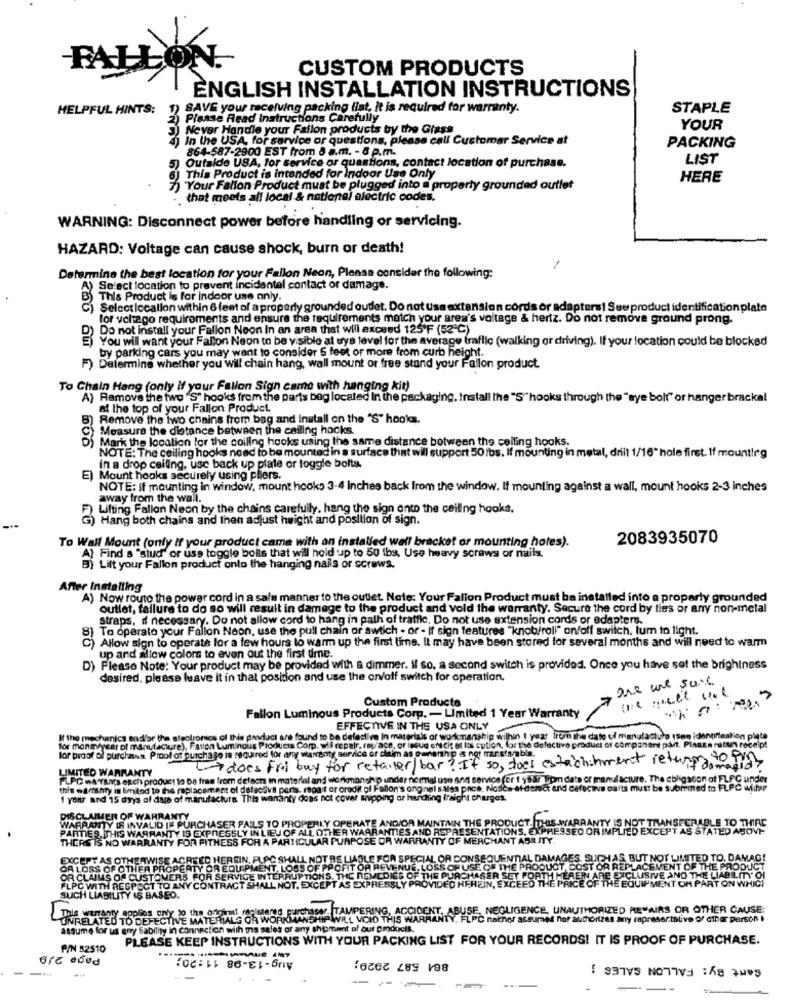
CUSTOM PRODUCTS
ENGLISH INSTALLATION INSTRUCTIONS
HELPFUL HINTS:
) SAVE your raceluing packing list, it is required for warranty.
STAPLE
2) Please Read Instructions Carefully
3) Never Handle your Fallon products by the Glass
YOUR
In the USA, for service or questions, please call Customer Service at
864-587-2900 EST from 8 a.m. - 8 p.m.
PACKING
5
Outside USA, for service or questions, contact location of purchase.
LIST
This Product is intended for indoor Use Only
HERE
Your Fallon Product must be plugged into a property grounded outlet
that meets all local & national electric codes.
WARNING: Disconnect power before handling or servicing.
HAZARD: Voltage can cause shock, burn or death!
Determine the best location for your Fallon Neon, Please consider the following:
A) Select location to prevent incidentel contact or damage.
This Product is for indoor use only.
C) Selecticcallon within 6 feet of a property grounded oudet. Do not Use extension cords or adapters1 Sue product identification plate
for voltago requirements and ensure the requirements match your area's voltage & hertz. Do not remove ground prong.
Do not install your Fallon Noon In an area that will exceed 125'F (52℃)
You will want your Fallon Neon to be visible at uys level for the average traflic (walking or driving). If your location could be blocked
by parking cars you may want to consider 5 feet or more from curb height.
F) Determine whether you will chain hang, wall mount or free stand your Fallon product.
To Chain Hang (only if your Fallon Sign came with hanging kit)
A) Remove the two "S" hooks from the parts bag located In the packaging. Install the "S"hooks through the "aye bolt" or hanger bracka!
at the top of your Fallon Product.
B) Remove the two chains from bag and Install on the "S" hooks.
Measure the distance between the ceiling hocks.
Mark the location for the colling hooks using the same distance between the ceiling hooks.
2 666
NOTE: The ceiling hooks need to be mounted in a surface that will support 50 lbs. If mounting in metal, drill 1/16" hole first. If mounting
in a drop ceiling, usc back up plate or toggle bolts.
E) Mount hooks securely using pliers.
NOTE: if mounting in window, mount hooks 3-4 Inches back from the window. If mounting against a wall, mount hooks 2-3 inches
away from the wall.
Lifting Fallon Neon by the chains carefully, hang the sign onto the ceiling hooks.
Hang both chains and then adjust height and position of sign.
To Wall Mount (only If your product came with an installed wall bracket or mounting holes).
2083935070
A) Find a "stud" or uss toggle bolls that will hold up to 50 ibs. Use heavy screws or nails.
B) Lift your Fallon product onto the hanging nails or screws.
After Installing
A) Now route the power cord in a safe manner to the outlet. Note: Your Fallon Product must be installed into a properly grounded
outlet, failure to do so will result in damage to the product and vold the warranty. Secure the cord by ties or any non-metal
straps, if necessary. Do not allow cord to hang in path of traffic. Do not use extension cords or adapters.
To operato your Fallon Neon, use the pull chain or swtich - or - If sign features "knob/roll" on/off switch, lum to light.
C) Allow sign to operate for a few hours to warm up the first time. It may have been stored for several months and will need to warm
up and allow colors to even out the first dirne.
D) Please Note: Your product may be provided with a dimmer. il so, a second switch is provided. Once you have set the brightness
desired, please leave it in that position and use the on/off switch for operation.
are une sure
Fallon Luminous Products Corp. - Limited 1 Year Warranty
Custom Products
EFFECTIVE IN THE USA ONLY
for moneyyear of manufacture), Fallon Luminous Products Corp. wil repelr. ray/ace, of issue en cit at is cution, for the defective product of component på. PlanEn nattun receipt
If the mechanics and/or the algolionics of this pavludi are found to ba deleslive In materials or workmanship wilhin 1 year from the date ul manufacture tson idontintention pita
for proof al purchases. Proof of purchase is required for any warranty service or claim as eenaring & not transtambin.
L-does Fil buy for retailer/ bar? If so, does estrichchment returns !!!
LIMITED WARRANTY
FLPC wAYAnts eltch product to Da free from delsen in material and workmanship under normal use and service for 1 star Tom data or manufacture. The cbligacon of FLFC under
ato er manufacture. The ebligston of FLFC under
this warranty in limited to the replacement of dslacius parts, rapait or credit of Fallon's original sales price, Notice-At-derect and defective pants must be Submemed to FLPC withir
defective parts must be submmed to FLPC withir
1 your and 15 dyys of date of manufacture. This wananty does not cover shipping or hunding fraight chugas.
WARRANTY IS INVALID IF PURCHASER FAILS TO PROPERLY OPERATE AND/OR MAINTAIN THE PRODUCT. THIS WARRANTY IS NOT TRANSFERABLE TO THIRD
DISCLAIMER OF WARRANTY
RODUCT.
TRANSFERABLE TO THIRD
PARTIES.THIS WARRANTY 15 EXPRESSLY IN LIEU OF ALL OTHER WARRANTIES AND REPRESENTATIONS, EXPRESSED OR IMPLIED EXCEPT AS STATED ABOVE
WARRANTY IS INVALID IF
15 EXPRESSL
TIONS
IPME!
TY SNB
EXCEPT AS STATED ABOVE
THERS IS NO WARRANTY FOR FITNESS FOR A PARTICULAR PURPOSE OR WARRANTY OF MERCHANT ABRITY.
NT ABB ITY
EXCEPT AS OTHERWISE AGREED HEREIN, PLAC SHALL NOT BE LIABLE FOR SPECIAL OR CONSEQUENTIAL DAMAGES, SUCHAS, BUT NOT LIMITED TO, DAMAG!
QUENTIAL DAMAGES, SUCHAS BUT NOT LIMITED TO DAMAGE
OR LOSS OF OTHER PROPERTY OR EQUIPMENT, LOSS OF PROFIT OF REVENUE, LOSS OF USE OF THE PRODUCT, COST OR REPLACEMENT OF THE PRODUCT
RODUCT, COST OR REPLACEMENT OF THE PRODUCT
OR CLAIMS OF CUSTOMERS FOR SERVICE INTERRUPTIONS, THE REMEDIES OF THE PURCHASER SET FORTH!
FLPC WITH RESPECT TO ANY CONTRACT SHALL NOT. EXCEPT AS EXPRESSLY PROVIDED HEREIN, EXCEED THE
R SET FOR
THE PRICE OF THE EQUIPMENT OR PART ON WHICH
IN ARE EXCLUSIVE AND THE
, EXCEED THE
SUCH LIABILITY IS BASED.
This warranty applies only to the ongimt registered purchase
NEGLIGENCE, UNAUTHORIZED ME"AIRS OR OTHER CAUSE:
ONRELATED TO DEFECTIVE MATERIALG OR WORKMANSH
nichor assumes not authorizes any representative Of other person
assume for us any Sability in connection with ma sales or
PLEASE KEEP INSTRUCTIONS WITH YOUR PACKING LIST FOR YOUR RECORDS! IT IS PROOF OF PURCHASE.
P/N 52510
Page 2/9
....
Aug -13-98 11:20;
864 587 2929;
Sant By: FALLON SALES ;
----
-